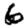
Digit: 6